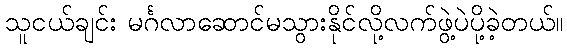
သူငယ်ချင်း မင်္ဂလာဆောင်မသွားနိုင်လို့လက်ဖွဲ့ပဲပို့ခဲ့တယ်။